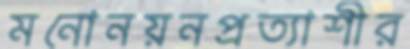
মনোনয়নপ্রত্যাশীর